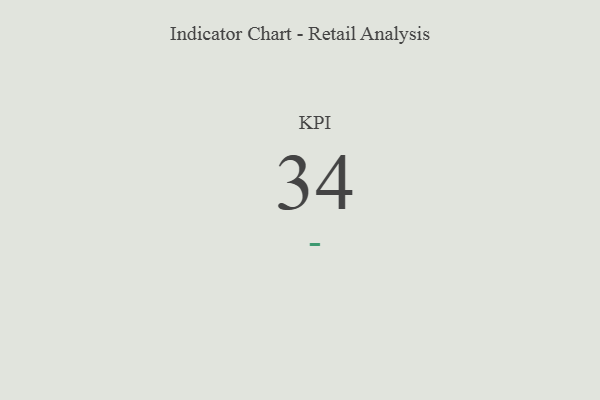
{"axis": {"x": "KPI", "y": "Value"}, "legend": [""], "data": [{"x": "KPI", "y": 34, "type": ""}]}